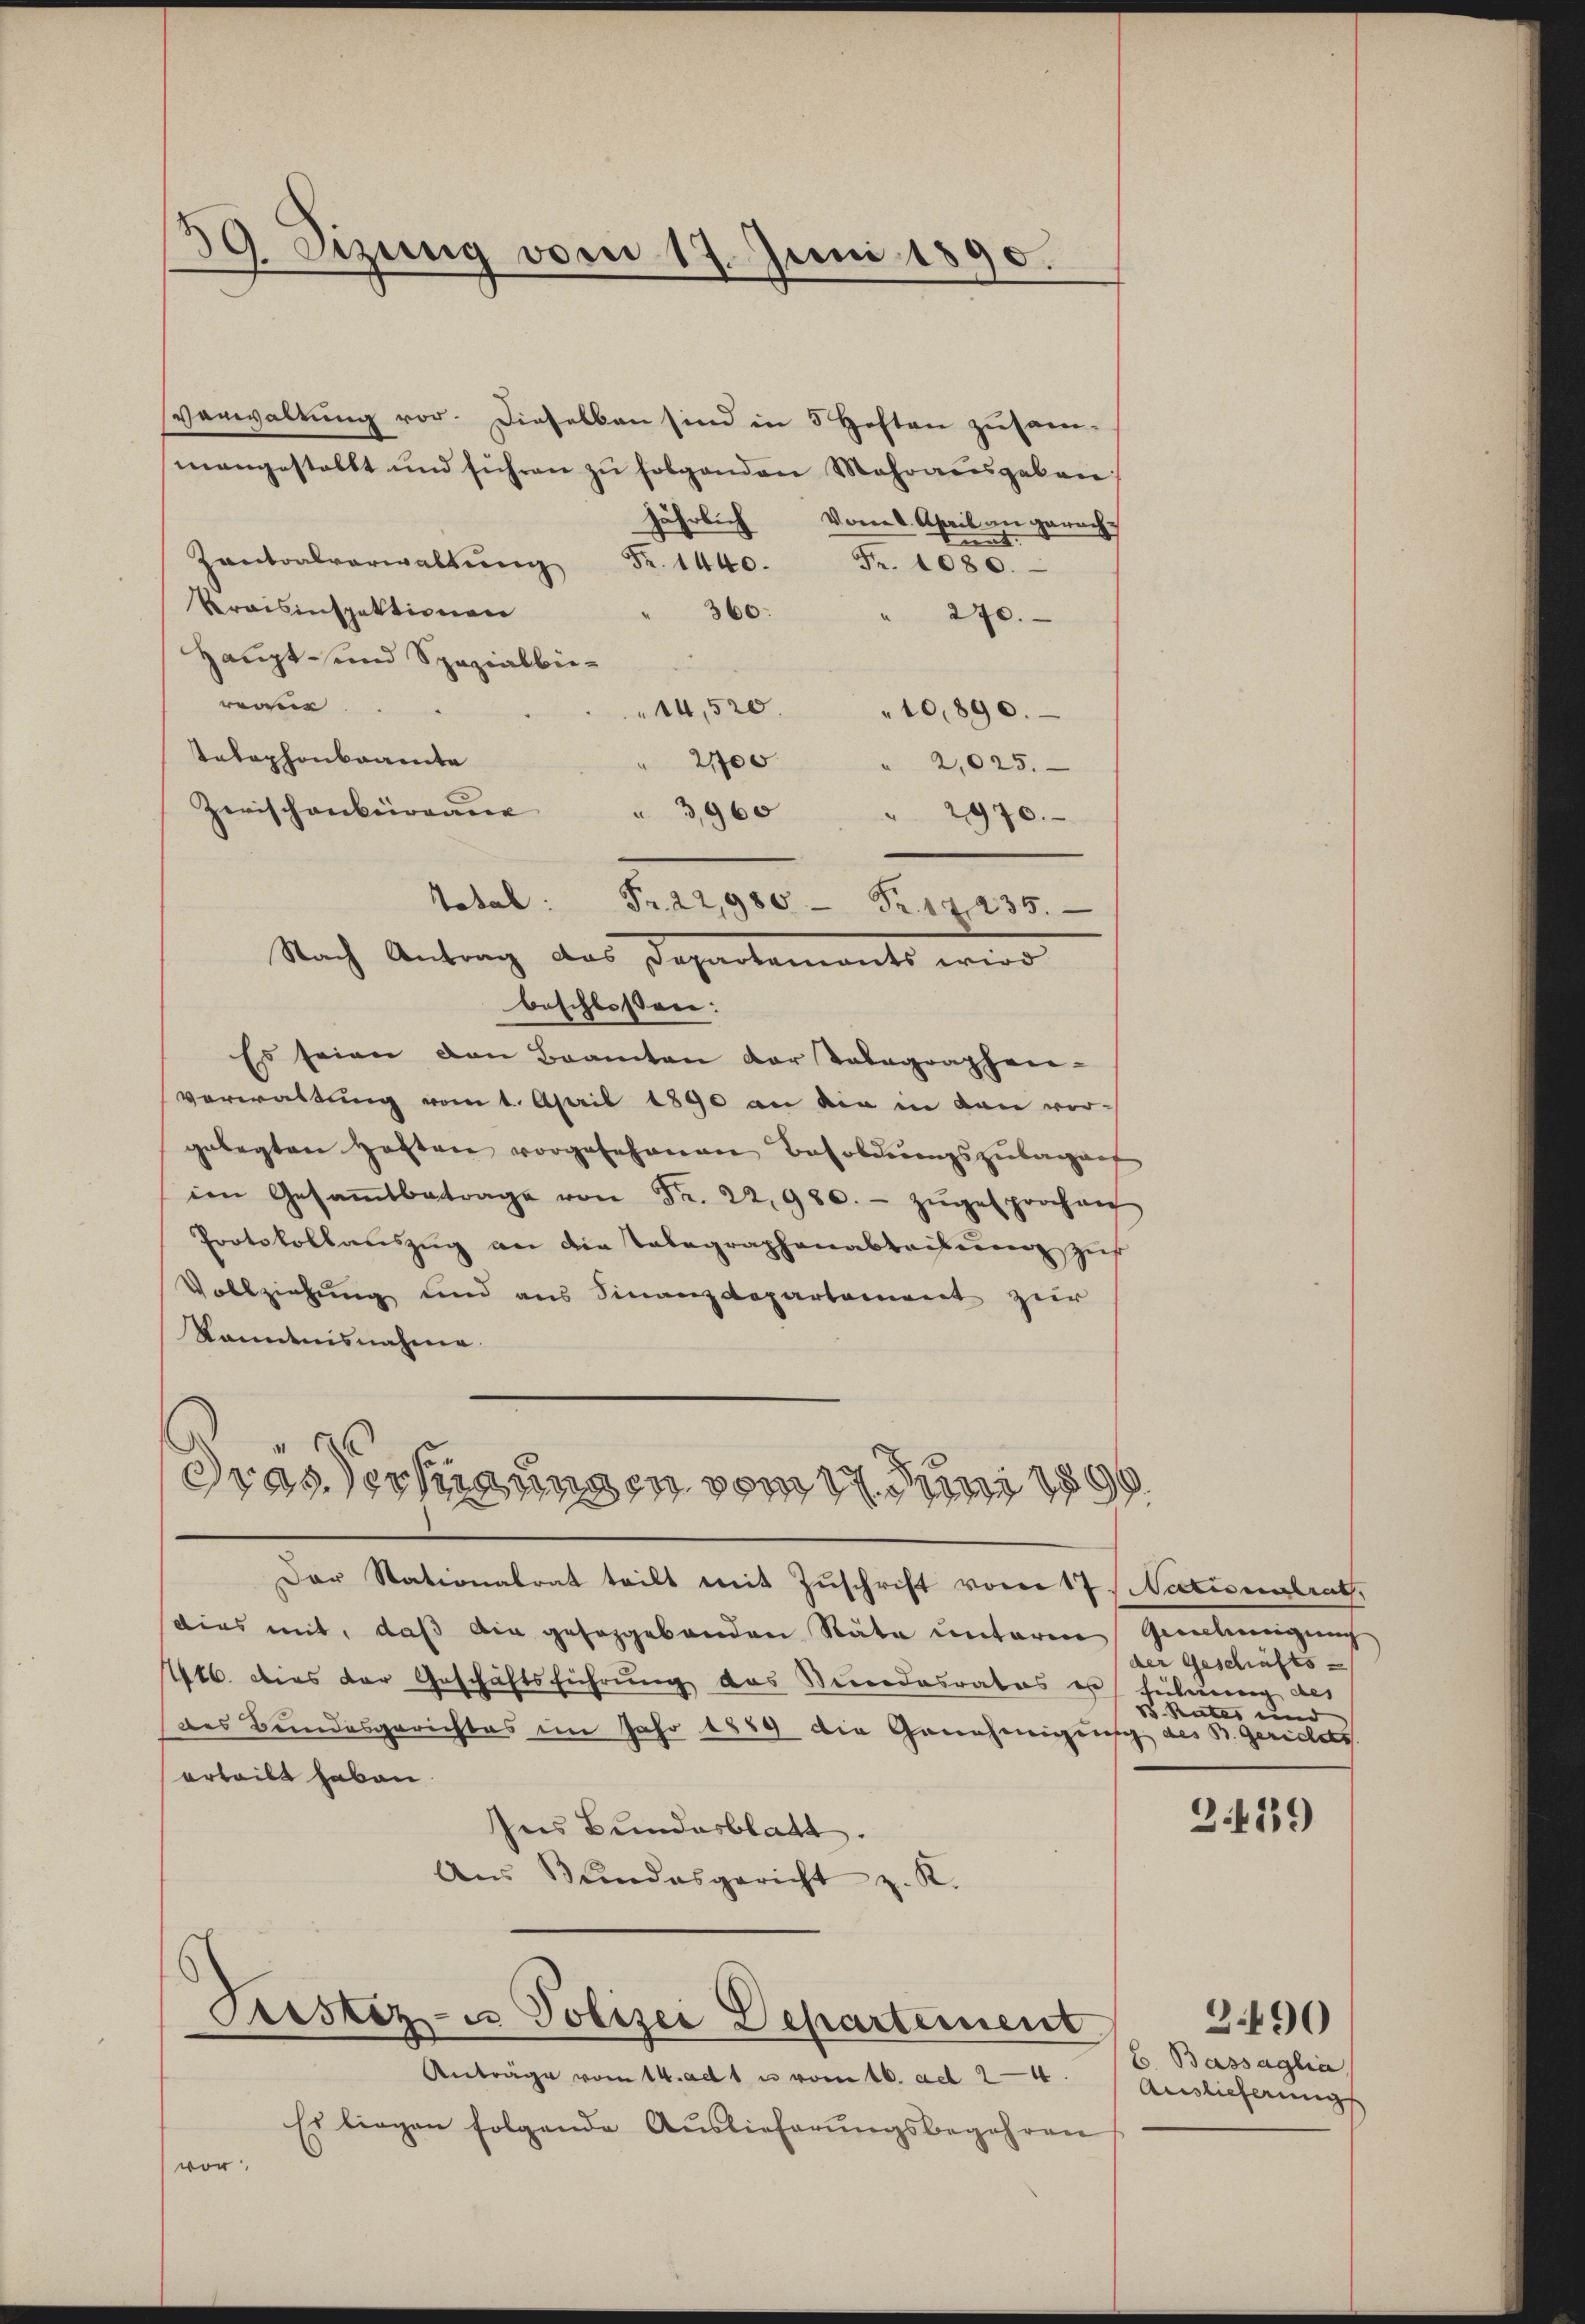
59. Sizung vom 19. Juni 1890.

verwaltung vor. Dieselben sind in 3 Heften zusammangestellt und führen zŭ folgenden Mehrausgeben
jährlich vom 8. April an gerech¬
Zantralverwaltŭng Fr. 1440. Fr. 1080.
Preisinspektionen
360.
270.
Haupt- und Spezialbie-
reiie
14,520.
10,890.
telephonbrannte
 21700
2,025.
Zerischenbergane
3,960
" 2970.
Total: Fr. 22,980 Fr. 17235.
Nach Antrag das Departements wird
beschlossen:
Es seien den Beamten der Talagraphen-
verwaltung vom 1. April 1890 an die in den vorgelegten Haften vorgesehenen Besoldungszulaganf
im Gesaṁtbetrage von Fr. 22,980.- zŭgesprochen
Protokollauszug an die Tabagraphenabteilung zur
Vollziehung und aus Finanzdepartement zur
kanntnisnahme.

Der Stationalrat teilt mit Zuschrift vom 17. Nationalrath,
dies mit, daß die gesaggebenden Räte unterm Genehmigung
416. dies der Geschäftsführung des Stundesrates er führung des
des Bundesgerichtes im Jahr 1859 die Genehmigung des B. gerichts
orteilt haben.
Ines Bundesblatt.
Aus Bundesgericht z. K.
Trestiz- u Polizei Departement
Anträge vom 14. ad 1 u vom 16. ad 24.
Es liegen folgende Auslieferungsbegehren
vor.

Dras Verfügungen vom 17. Juni 1890

der Geschäfts-
od. Rates und
2.439

b. Bassaglia,
Auslieferung

3490